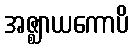
အဇ္ဈာယကောပိ